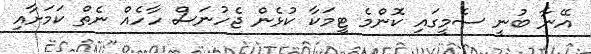
އޭނާ ބުނީ ސެމީގައި ކޮންމެ ޓީމަކާ ކުޅެން ޖެހުނަސް ހާހެއް ނެތް ކަމަށާއި